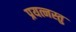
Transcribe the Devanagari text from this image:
प्रयत्नस्तु